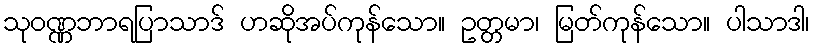
သုဝဏ္ဏဘာရပြာသာဒ် ဟဆိုအပ်ကုန်သော။ ဥတ္တမာ၊ မြတ်ကုန်သော။ ပါသာဒါ၊